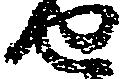
せ